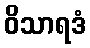
ဝိသာရဒံ